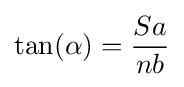
\tan(\alpha )={\frac {Sa}{nb}}